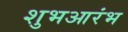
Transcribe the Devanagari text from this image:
शुभआरंभ